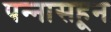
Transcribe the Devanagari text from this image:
पन्‍नासहून